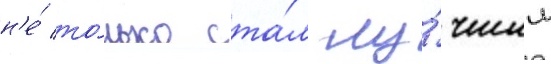
н'е́ то́лько ста́л лу́чшим